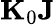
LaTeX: {\mathbf K}_{0}{\mathbf J}